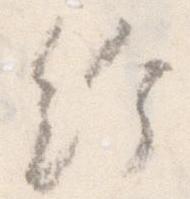
給